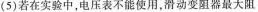
(5)若在实验中，电压表不能使用，滑动变阻器最大阻